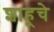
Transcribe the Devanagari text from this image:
शाहूचे